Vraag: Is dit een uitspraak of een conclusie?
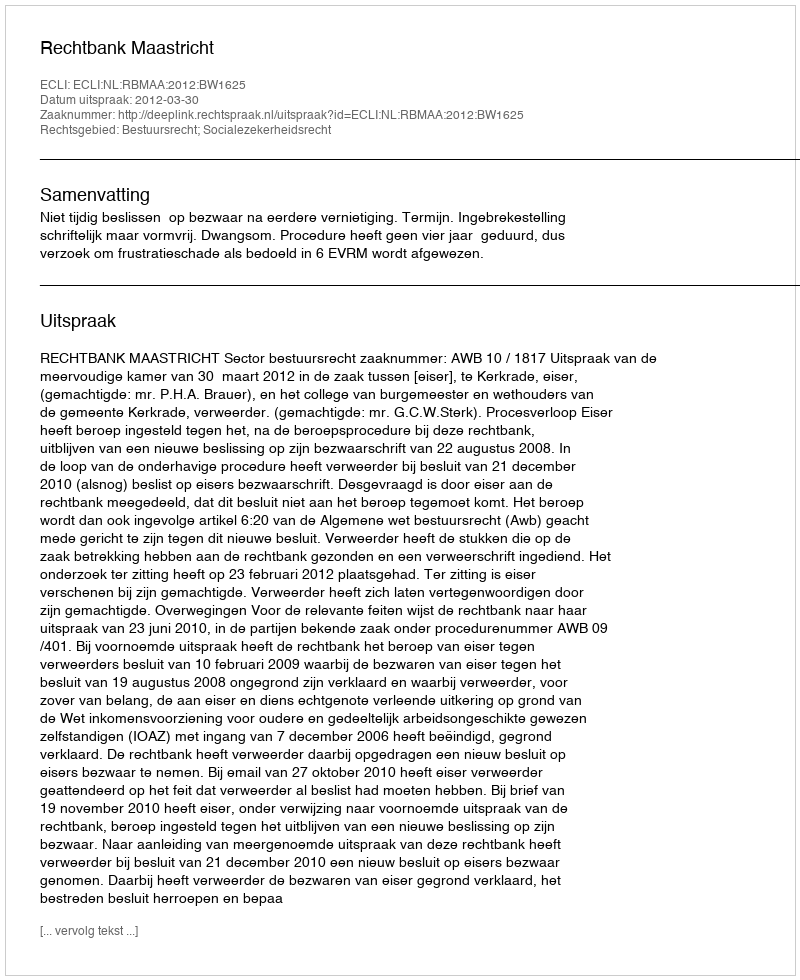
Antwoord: Uitspraak